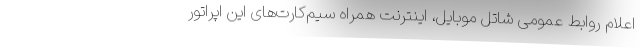
اعلام روابط عمومی شاتل موبایل، اینترنت همراه سیم‌کارت‌های این اپراتور